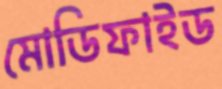
মোডিফাইড